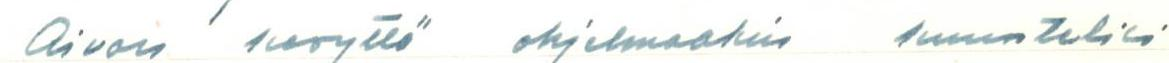
Aivan kevyttä ohjelmaakin kuuntelisi